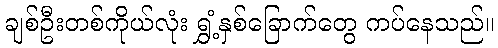
ချစ်ဦးတစ်ကိုယ်လုံး ရွှံ့နှစ်ခြောက်တွေ ကပ်နေသည်။